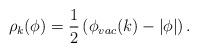
LaTeX: \begin{align*}\rho_{k}(\phi)={1\over2}\left(\phi_{vac}(k)-\vert\phi\vert\right).\end{align*}